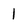
Character: 1